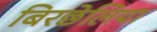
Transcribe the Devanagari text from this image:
बिरछेलिया